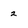
Character: 2